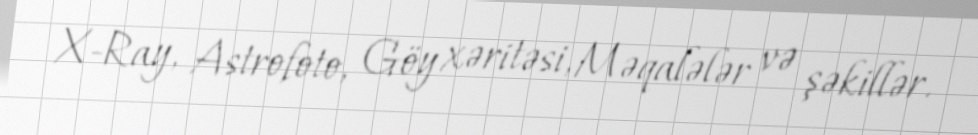
X-Ray, Astrofoto, Göy xəritəsi, Məqalələr və şəkillər.